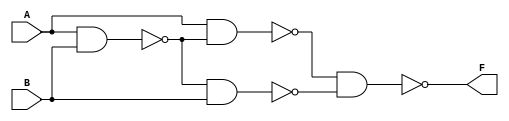
module xor_nand (
    input A,B, output F
);
    wire x,y,z;
    assign x = ~(A&B);
    assign y = ~(A&x);
    assign z = ~(x&B);
    assign F = ~(y&z);
endmodule